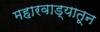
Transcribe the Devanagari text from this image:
महारवाड्यातून